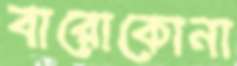
বারোকোনা